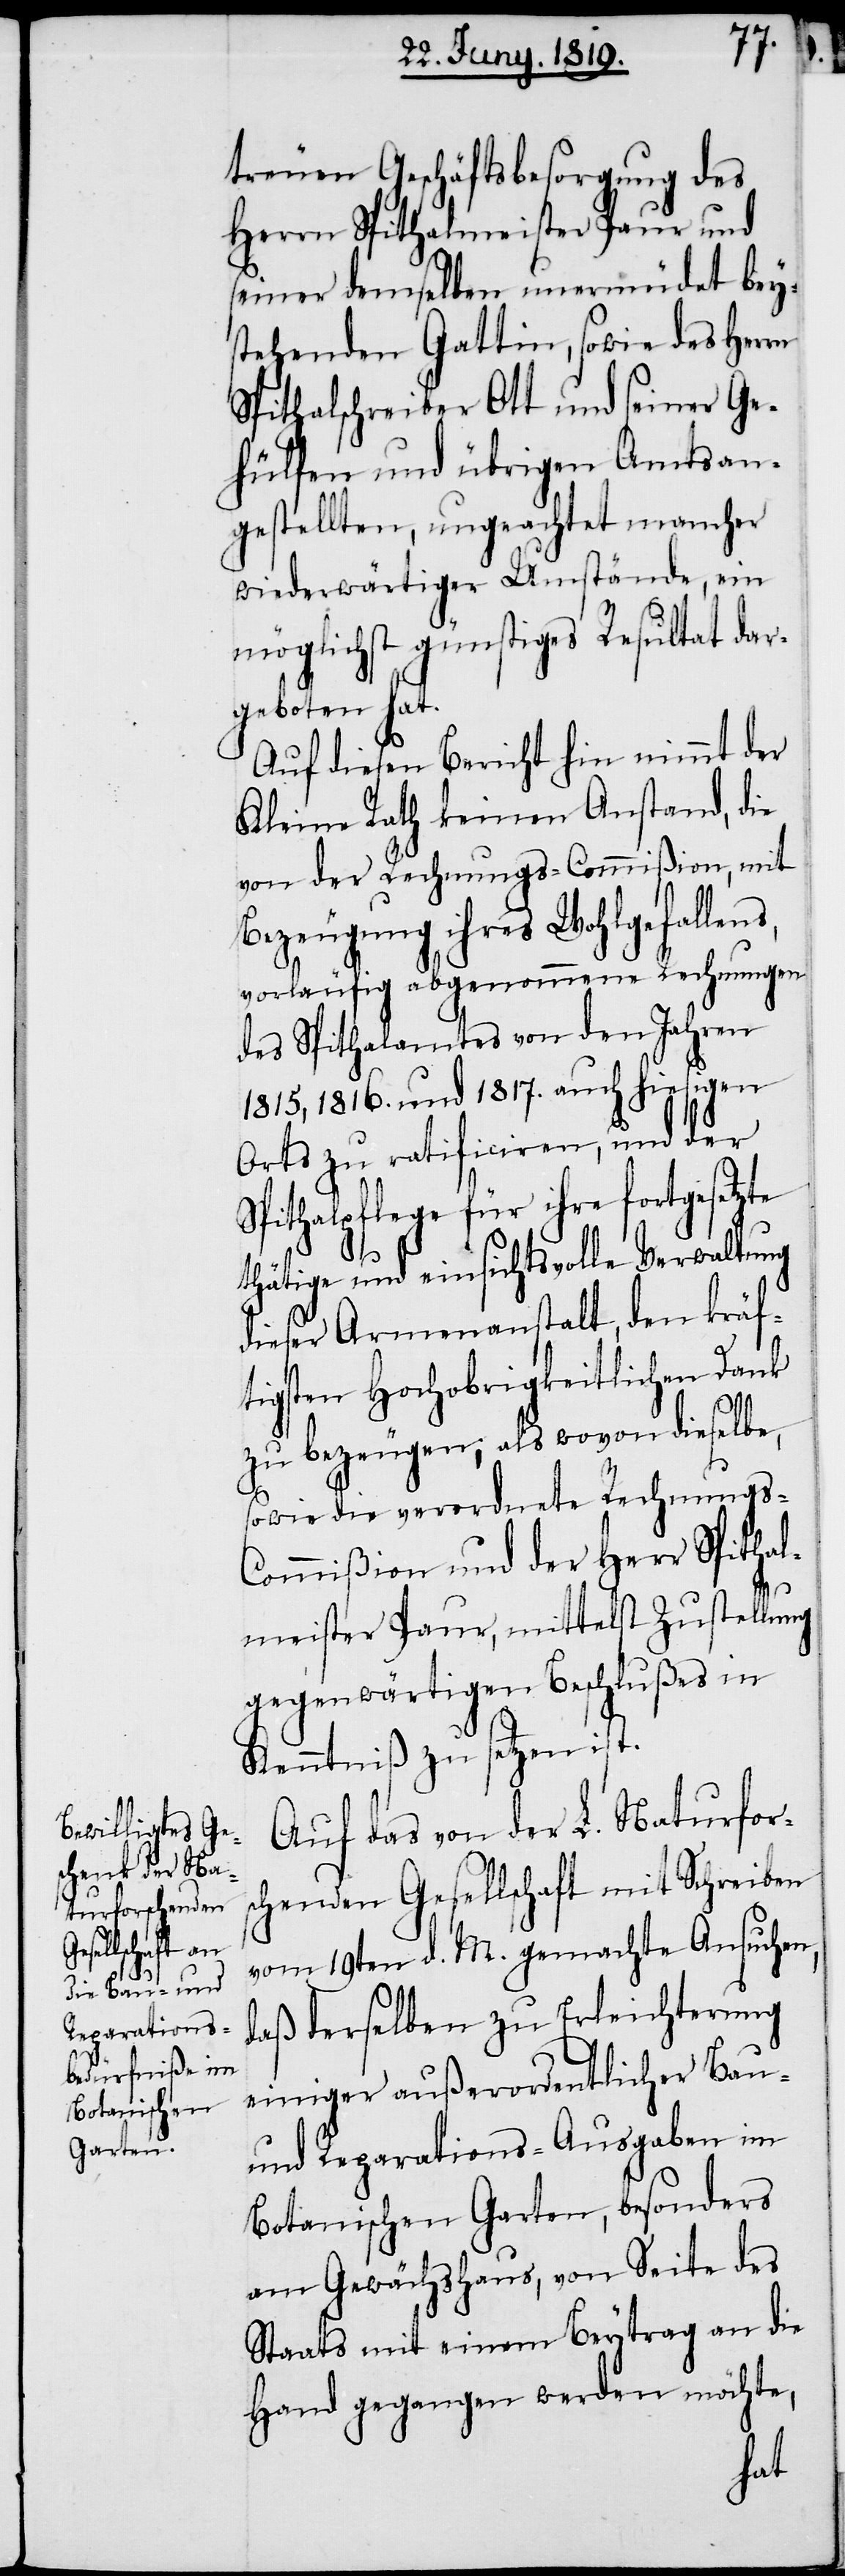
treuen Geschäftsbesorgung des
Herrn Spithalmeister Paur und
seiner demselben unermüdet beys¬
tehenden Gattin, sowie des Herrn
Spithalschreiber Ott und seiner Ge¬
hülfen und übrigen Amtsan¬
gestellten, ungeachtet mancher
wiederwärtiger Umstände, ein
möglichst günstiges Resultat dar¬
geboten hat.
Auf disen Bericht hin nimmt der
Kleine Rath keinen Anstand, die
von der Rechnungs-Commißion, mit
Bezeugung ihres Wohlgefallen¬
vorläufig abgenommene Rechnungen
des Spithalamtes von den Jahren
1815, 1816. und 1817. auch hiesigen
Orts zu ratificiren, und der
Spithalpflege für ihre fortgesetzte
thätige und einsichtsvolle Verwaltung
dieser Armenanstalt, den kräf¬
tigsten Hochobrigkeitlichen Dank
s,
zu bezeugen; als wovon dieselbe,
sowie die verordnete Rechnungs-C¬
ommißion und der Herr Spithal¬
meister Paur, mittelst Zustellung
gegenwärtigen Beschlußes in
Kenntniß zu setzen ist.
Auf das von der L. Naturfors¬
chenden Gesellschaft mit Schreiben
vom 19ten d. M. gemachte Ansuchen,
daß derselben zu Erleichterung
einiger außerordentlicher Bau-
und Reparations-Ausgaben im
Botanischen Garten, besonders
am Gewächshaus, von Seite des
Staats mit einem Beytrag an die
Hand gegangen werden möchte,